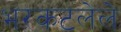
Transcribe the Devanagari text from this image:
भरकटलेले